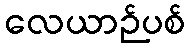
လေယာဉ်ပစ်